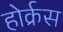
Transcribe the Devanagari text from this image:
होर्क्रस